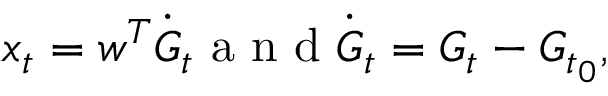
\boldsymbol x _ { t } = \boldsymbol w ^ { T } \dot { \boldsymbol G } _ { t } \mathrm { ~ a ~ n ~ d ~ } \dot { \boldsymbol G } _ { t } = \boldsymbol G _ { t } - \boldsymbol G _ { t _ { 0 } } ,